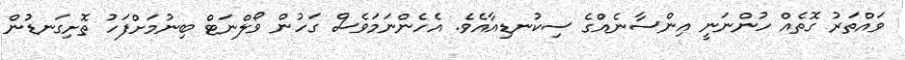
ވައްތަރު ގޮތެއް ހުންނަނީ އިންސާނެއްގެ ސިކުނޑިއާއެވެ. އެހެންނަމަވެސް ގަހުން ވޯލްނަޓް ބިނުމަށްފަހު ތޮށިގަނޑުން